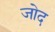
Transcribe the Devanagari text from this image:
जोद